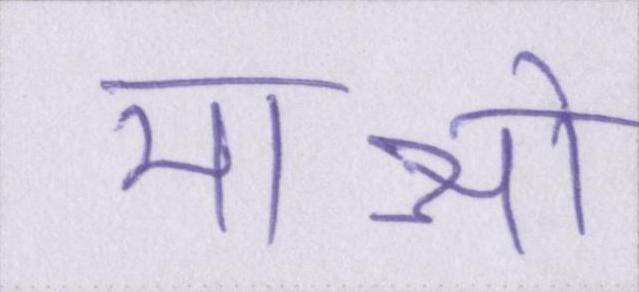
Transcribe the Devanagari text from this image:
माओ